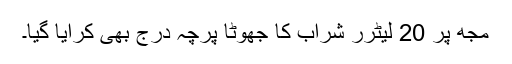
مجھ پر 20 لیٹرر شراب کا جھوٹا پرچہ درج بھی کرایا گیا۔